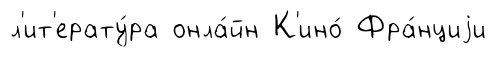
л'ит'ерату́ра онла́йн К'ино́ Фра́нциjи